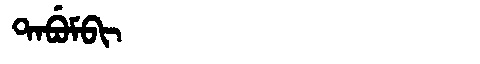
Manchu: ᡨᠠᠪᡠᠮᠪᡳ
Romanization: TABUMBI